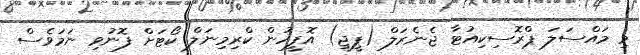
މި މައްސަލަ ޕްރޮސިކިއުޓާ ޖެނެރަލް (ޕީޖީ) އޮފީހުން ކްރިމިނަލް ކޯޓަށް ފޮނުވި ނަމަވެސް